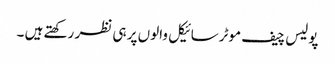
پولیس چیف موٹرسائیکل والوں پر ہی نظر رکھتے ہیں ۔